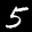
Label: 5